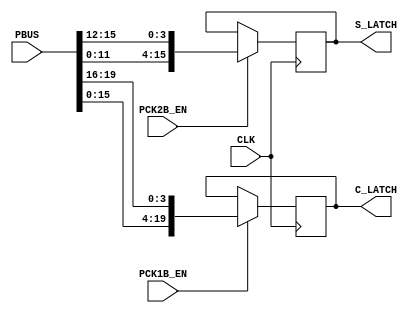
// NeoGeo logic definition
// Copyright (C) 2018 Sean Gonsalves
// Rewrite to fully synchronous logic by (C) 2023 Gyorgy Szombathelyi
//
// This program is free software: you can redistribute it and/or modify
// it under the terms of the GNU General Public License as published by
// the Free Software Foundation, either version 3 of the License, or
// (at your option) any later version.
//
// This program is distributed in the hope that it will be useful,
// but WITHOUT ANY WARRANTY; without even the implied warranty of
// MERCHANTABILITY or FITNESS FOR A PARTICULAR PURPOSE.  See the
// GNU General Public License for more details.
//
// You should have received a copy of the GNU General Public License
// along with this program.  If not, see <https://www.gnu.org/licenses/>.

module neo_273(
	input CLK,
	input [19:0] PBUS,
	input PCK1B_EN,
	input PCK2B_EN,
	output reg [19:0] C_LATCH,
	output reg [15:0] S_LATCH
);
	always @(posedge CLK) begin
		if (PCK1B_EN) C_LATCH <= {PBUS[15:0], PBUS[19:16]};
		if (PCK2B_EN) S_LATCH <= {PBUS[11:0], PBUS[15:12]};
	end
/*
	always @(posedge PCK1B)
	begin
		C_LATCH <= {PBUS[15:0], PBUS[19:16]};
	end
	
	always @(posedge PCK2B)
	begin
		S_LATCH <= {PBUS[11:0], PBUS[15:12]};
	end
*/
endmodule